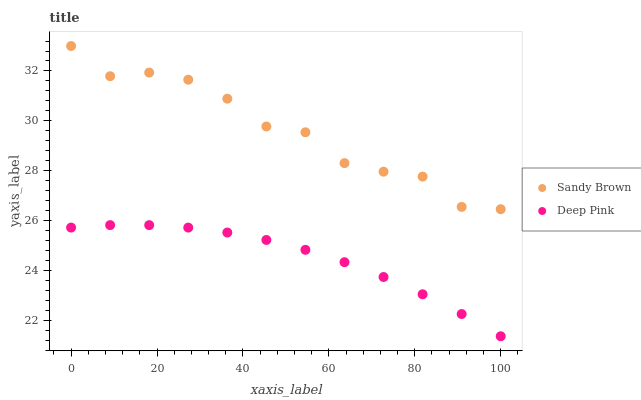
| xaxis_label | Sandy Brown | Deep Pink |
 | --- | --- | --- |
 | 0 | 33 | 25.7 |
 | 9.09 | 31.8 | 25.8 |
 | 18.2 | 31.9 | 25.8 |
 | 27.3 | 31.7 | 25.7 |
 | 36.4 | 30.9 | 25.5 |
 | 45.5 | 29.8 | 25.2 |
 | 54.5 | 29.5 | 24.8 |
 | 63.6 | 28.3 | 24.3 |
 | 72.7 | 28 | 23.8 |
 | 81.8 | 27.8 | 23.1 |
 | 90.9 | 26.6 | 22.3 |
 | 100 | 26.5 | 21.4 |